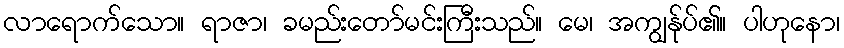
လာရောက်သော။ ရာဇာ၊ ခမည်းတော်မင်းကြီးသည်။ မေ၊ အကျွန်ုပ်၏။ ပါဟုနော၊